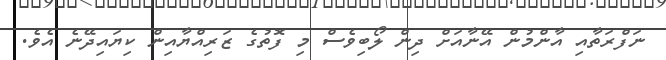
ނަފްރަތާއި އާންމުން އޭނާއަށް ދިން ލޯބިވެސް މި ފޮތުގެ ޒަރިއްޔާއިން ކިޔައިދޭނެ އެވެ.